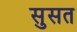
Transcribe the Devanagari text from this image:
सुसत